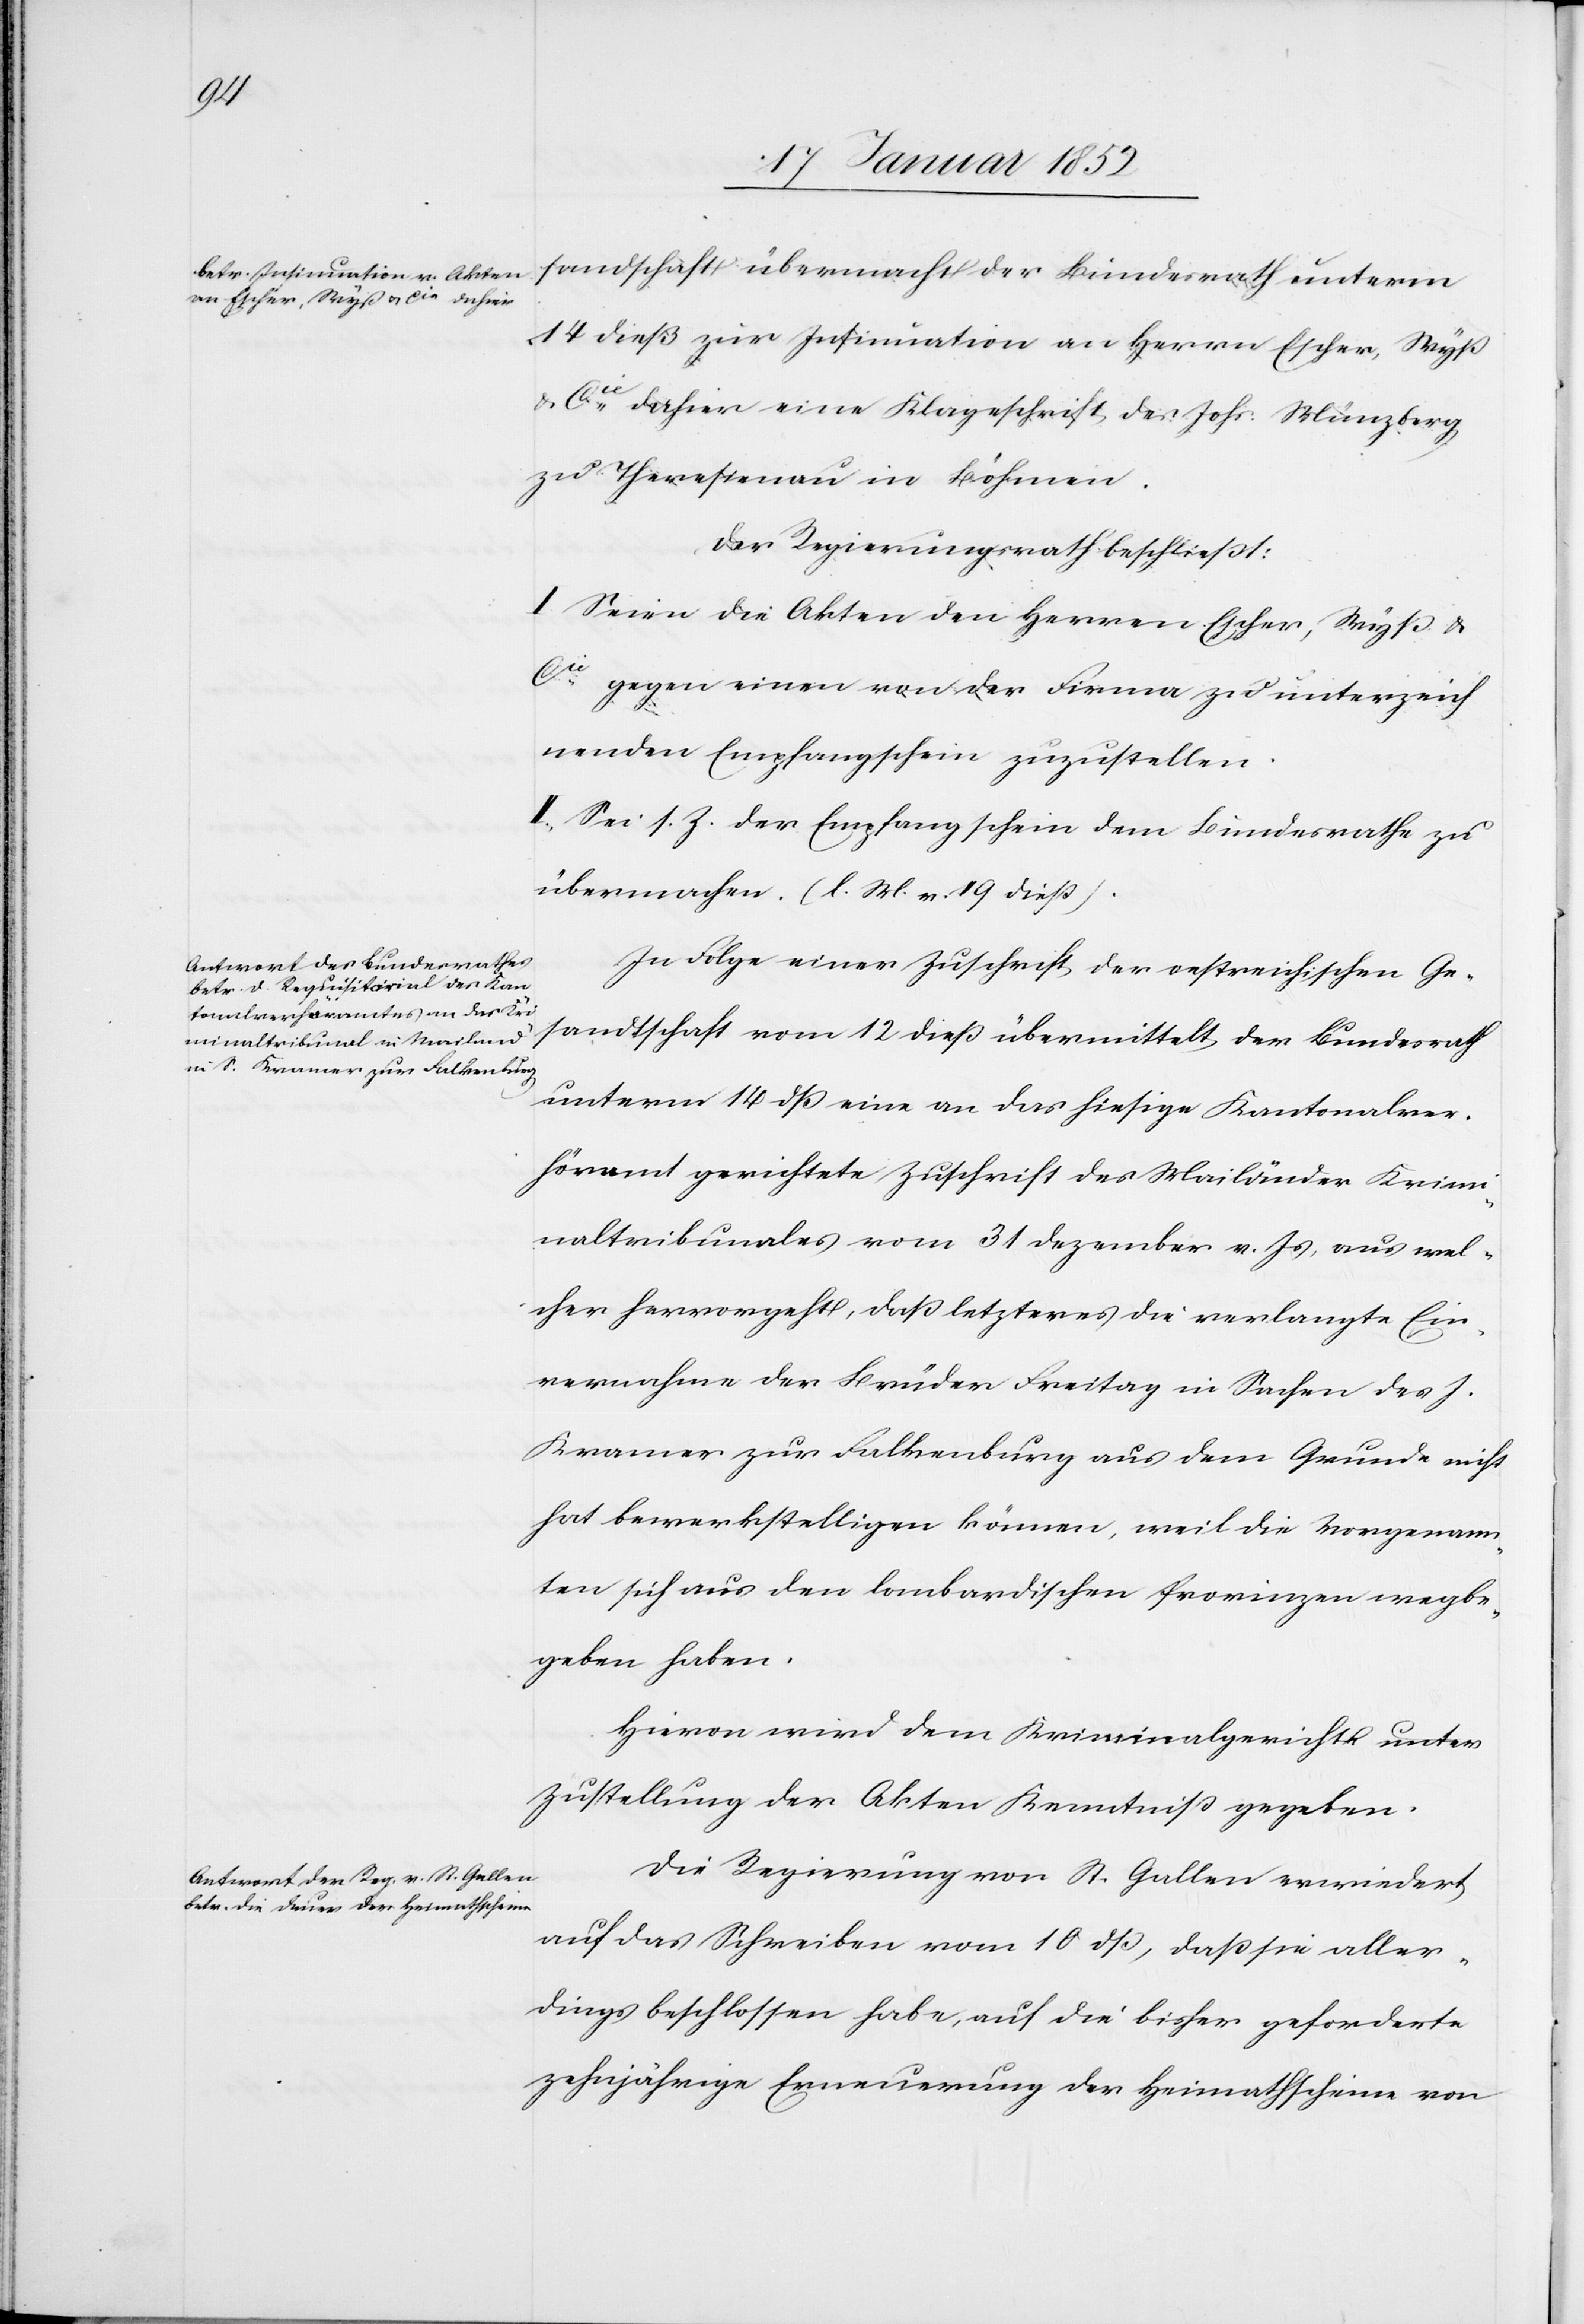
sandtschaft übermacht der Bundesrath unterm
14 dieß zur Insinuation an Herrn Escher, Wyß
u. Cie dahier eine Klageschrift des Johs. Münzberg
zu Theresienau in Böhmen.
Der Regierungsrath beschließt:
I. Seien die Akten den Herren Escher, Wyß u.
Cie gegen einen von der Firma zu unterzeich¬
nenden Empfangschein zuzustellen.
II. Sei s. Z. der Empfangschein dem Bundesrathe zu
übermachen (l. M. v. 19 dieß).
In Folge einer Zuschrift der oesterreichischen Ge¬
sandtschaft vom 12 dieß übermittelt der Bundesrath
unterm 14 dß eine an das hiesige Kantonalver¬
höramt gerichtete Zuschrift des Mailänder Krimi¬
naltribunales vom 31 Dezember v. Js aus wel¬
cher hervorgeht, daß letzteres die verlangte Ein¬
vernahme der Brüder Freitag in Sachen des J.
Kramer zur Falkensburg aus dem Grunde nicht
hat bewerkstelligen können, weil die Vorgenann¬
ten sich aus den lombardischen Provinzen wegbe¬
geben haben.
Hiervon wird dem Kriminalgerichte unter
Zustellung der Akten Kenntniß gegeben.
Die Regierung von St. Gallen erwiedert
auf das Schreiben vom 10 dß, daß sie aller¬
dings beschlossen habe, auf die bisher geforderte
zehnjährige Erneuerung der Heimathscheine von